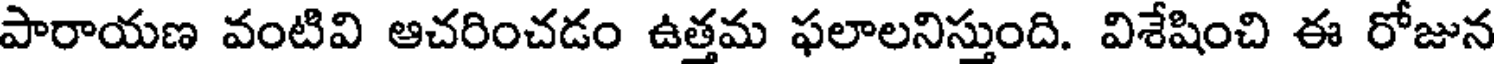
పారాయణ వంటివి ఆచరించడం ఉత్తమ ఫలాలనిస్తుంది. విశేషించి ఈ రోజున